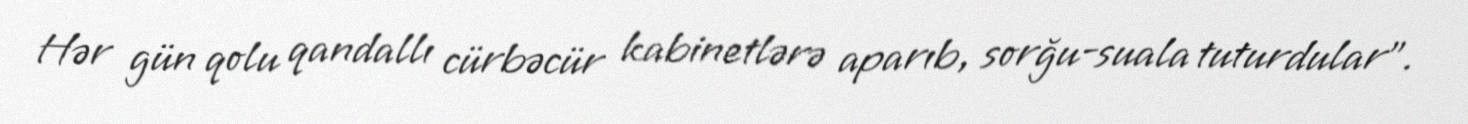
Hər gün qolu qandallı cürbəcür kabinetlərə aparıb, sorğu-suala tuturdular".